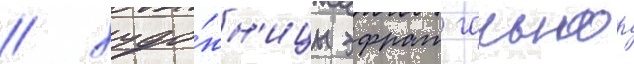
/ худо́жн'ицы эфрат гальнор